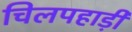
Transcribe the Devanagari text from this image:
चिलपहाड़ी